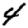
Digit: 4